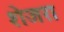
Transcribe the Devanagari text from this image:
शेजरा